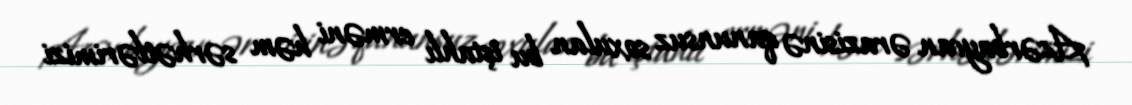
Azərbaycan ərazisinə qanunsuz soxulan bu iştahlı erməni həm sərhətlərimizi